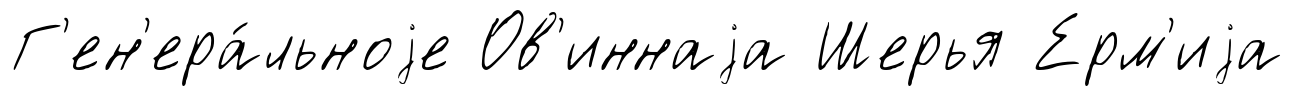
Г'ен'ера́льноjе Ов'иннаjа Шерья Ерм'иjа